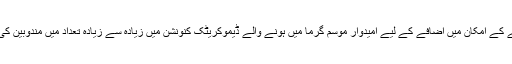
پارٹی کی نامزدگی حاصل کرنے کے امکان میں اضافے کے لیے امیدوار موسم گرما میں ہونے والے ڈیموکریٹک کنونشن میں زیادہ سے زیادہ تعداد میں مندوبین کی حمایت حاصل کرنا چاہتے ہیں۔